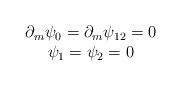
LaTeX: \begin{align*}\begin{array}{c}\partial_m \psi_0=\partial_m \psi_{12}=0 \\\psi_1=\psi_2=0\end{array}\end{align*}